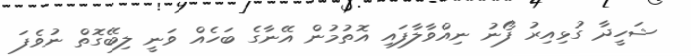
ޝަހީދާ ގުޅިއިރު ފޯނު ނިއްވާލާފައި އޮތުމުން އޭނާގެ ބަހެއް ވަނީ ލިބޭގޮތް ނުވެފަ